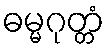
ဓမ္မဂုတ္တံ